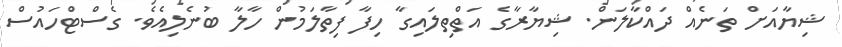
ޝިޔާއަށް ތަނެއް ދައްކާލަން. ޝިޔާރާގެ އަތްތިލައިގާ ހިފާ ފިތާލަމުން ހާލާ ބުނެލިއެވެ. ގެސްޓްހައުސް